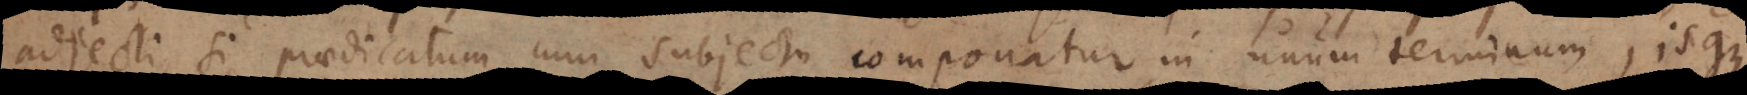
adjecti, si praedicatum cum subjecto componatur in unum terminum, isque